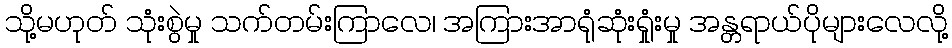
သို့မဟုတ် သုံးစွဲမှု သက်တမ်းကြာလေ၊ အကြားအာရုံဆုံးရှုံးမှု အန္တရာယ်ပိုများလေလို့